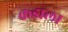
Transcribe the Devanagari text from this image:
कडाला